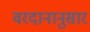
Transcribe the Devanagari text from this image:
वरदानानुसार